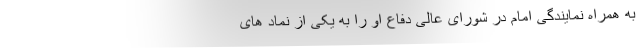
به همراه نمایندگی امام در شورای عالی دفاع او را به یکی از نماد های